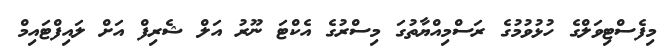
މިފެސްޓިވަލްގެ ހުޅުވުމުގެ ރަސްމިއްޔާތުގަ މިސްރުގެ އެކްޓަ ނޫރު އަލް ޝެރިފް އަށް ލައިފްޓައިމް